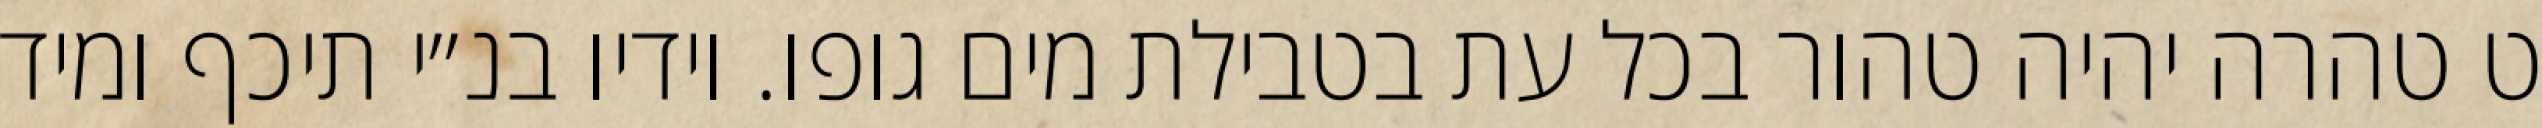
ט טהרה יהיה טהור בכל עת בטבילת מים גופו. וידיו בנ״י תיכף ומיד